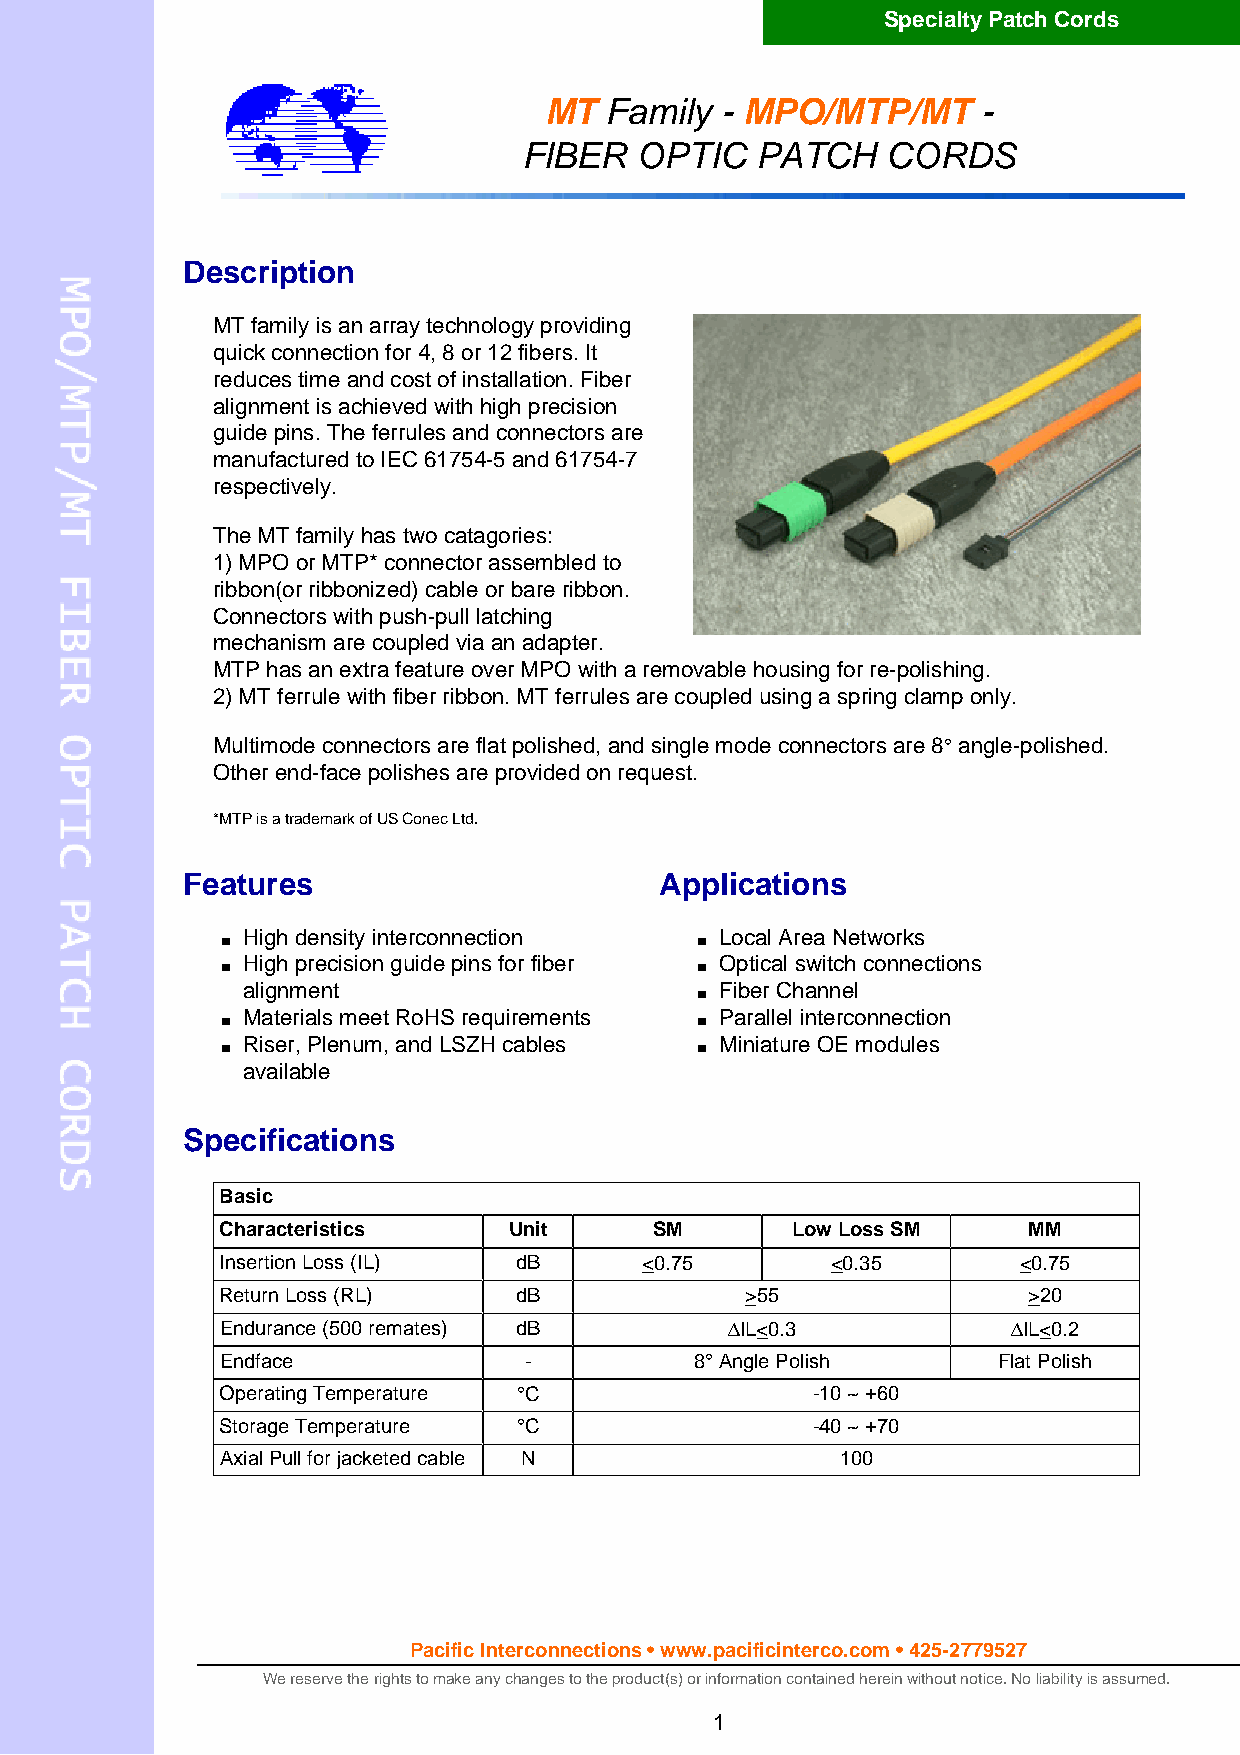
Specialty Patch Cords
 MT  Family  - MPO/MTP/MT     -
 FIBER  OPTIC   PATCH    CORDS
 Description
 MT family is an array technology providing
 quick connection for 4, 8 or 12 fibers. It
 reduces time and cost of installation. Fiber
 alignment is achieved with high precision
 guide pins. The ferrules and connectors are
 manufactured to IEC 61754-5 and 61754-7
 respectively.
 The MT family has two catagories:
 1) MPO or MTP* connector assembled to
 ribbon(or ribbonized) cable or bare ribbon.
 Connectors with push-pull latching
 mechanism are coupled via an adapter.
 MTP has an extra feature over MPO with a removable housing for re-polishing.
 2) MT ferrule with fiber ribbon. MT ferrules are coupled using a spring clamp only.
 Multimode connectors are flat polished, and single mode connectors are 8° angle-polished.
 Other end-face polishes are provided on request.
 *MTP is a trademark of US Conec Ltd.
 Features                        Applications
 High density interconnection    Local Area Networks
 n                              n
 High precision guide pins for fiber Optical switch connections
 n                              n
 alignment                       Fiber Channel
 n
 n
 Materials meet RoHS requirements
 n
 Parallel interconnection
 Riser, Plenum, and LSZH cables  Miniature OE modules
 n                              n
 available
 Specifications
 Basic
 Characteristics    Unit     SM       Low Loss SM     MM
 Insertion Loss (IL) dB      <0.75       <0.35       <0.75
 Return Loss (RL)   dB             >55                >20
 Endurance (500 remates) dB       DIL<0.3            DIL<0.2
 Endface             -          8° Angle Polish     Flat Polish
 Operating Temperature °C               -10 ~ +60
 Storage Temperature °C                 -40 ~ +70
 Axial Pull for jacketed cable N          100
 Pacific Interconnections • www.pacificinterco.com • 425-2779527
 We reserve the rights to make any changes to the product(s) or information contained herein without notice. No liability is assumed.
 1